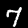
Label: 7